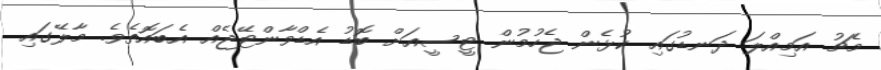
މެޗު އަމިއްލަ ދަނޑުގައި ކުޅެން ޖެހުމުން ޓީސީއަށް ބޮޑު އެޑްވާންޓޭޖެއް އެބައޮތެވެ. މާލޭގައި